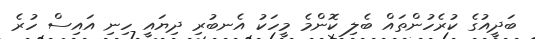
ބަދީއުގެ ކުރެހުންތަައް ބެލި ކޮންމެ މީހަކު އެނބުރި ދިޔައީ ހިނި އައިސް ހުރެ